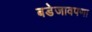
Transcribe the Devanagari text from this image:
बडेजावपणा